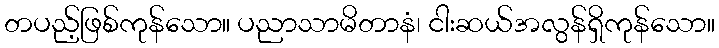
တပည့်ဖြစ်ကုန်သော။ ပညာသာမိတာနံ၊ ငါးဆယ်အလွန်ရှိကုန်သော။